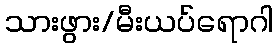
သားဖွား/မီးယပ်ရောဂါ